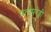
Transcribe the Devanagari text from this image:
प्रतापरेड्डी